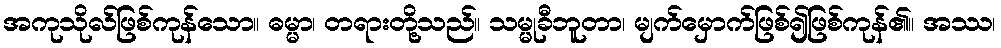
အကုသိုလ်ဖြစ်ကုန်သော။ ဓမ္မာ၊ တရားတို့သည်။ သမ္မုခီဘူတာ၊ မျက်မှောက်ဖြစ်၍ဖြစ်ကုန်၏။ အဿ၊